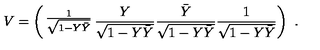
V = \left( \begin{matrix} { { \frac { 1 } { \sqrt { 1 - Y \bar { Y } } } } } & { { \frac { Y } { \sqrt { 1 - Y \bar { Y } } } } } \\ { { \frac { \bar { Y } } { \sqrt { 1 - Y \bar { Y } } } } } & { { \frac { 1 } { \sqrt { 1 - Y \bar { Y } } } } } \\ \end{matrix} \right) \ .